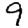
Digit: 9